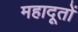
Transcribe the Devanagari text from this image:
महादूतों